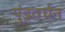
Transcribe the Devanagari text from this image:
पुंड्रवर्धन